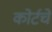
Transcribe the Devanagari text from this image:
कोर्टचे